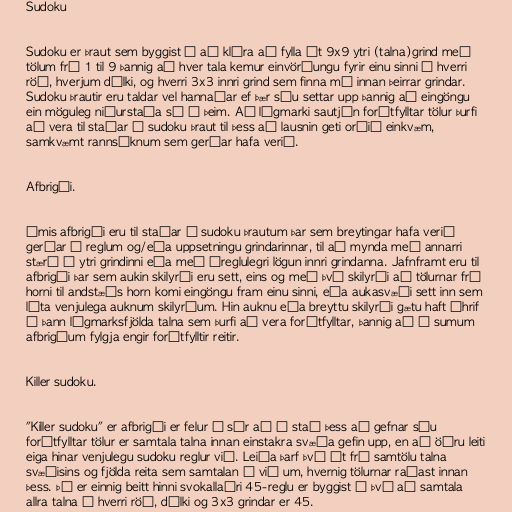
Sudoku

Sudoku er þraut sem byggist á að klára að fylla út 9x9 ytri (talna)grind með
tölum frá 1 til 9 þannig að hver tala kemur einvörðungu fyrir einu sinni í hverri
röð, hverjum dálki, og hverri 3x3 innri grind sem finna má innan þeirrar grindar.
Sudoku þrautir eru taldar vel hannaðar ef þær séu settar upp þannig að eingöngu
ein möguleg niðurstaða sé á þeim. Að lágmarki sautján forútfylltar tölur þurfi
að vera til staðar í sudoku þraut til þess að lausnin geti orðið einkvæm,
samkvæmt rannsóknum sem gerðar hafa verið.

Afbrigði.

Ýmis afbrigði eru til staðar á sudoku þrautum þar sem breytingar hafa verið
gerðar á reglum og/eða uppsetningu grindarinnar, til að mynda með annarri
stærð á ytri grindinni eða með óreglulegri lögun innri grindanna. Jafnframt eru til
afbrigði þar sem aukin skilyrði eru sett, eins og með því skilyrði að tölurnar frá
horni til andstæðs horn komi eingöngu fram einu sinni, eða aukasvæði sett inn sem
lúta venjulega auknum skilyrðum. Hin auknu eða breyttu skilyrði gætu haft áhrif
á þann lágmarksfjölda talna sem þurfi að vera forútfylltar, þannig að í sumum
afbrigðum fylgja engir forútfylltir reitir.

Killer sudoku.

"Killer sudoku" er afbrigði er felur í sér að í stað þess að gefnar séu
forútfylltar tölur er samtala talna innan einstakra svæða gefin upp, en að öðru leiti
eiga hinar venjulegu sudoku reglur við. Leiða þarf því út frá samtölu talna
svæðisins og fjölda reita sem samtalan á við um, hvernig tölurnar raðast innan
þess. Þá er einnig beitt hinni svokallaðri 45-reglu er byggist á því að samtala
allra talna í hverri röð, dálki og 3x3 grindar er 45.